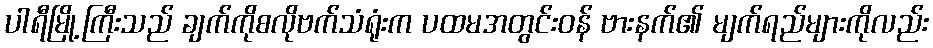
ပါရီမြို့ကြီးသည် ချက်ကိုစလိုဗက်သံရုံးက ပထမအတွင်းဝန် ဗားနက်၏ မျက်ရည်များကိုလည်း